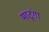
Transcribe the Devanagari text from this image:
माटूंगा